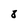
Character: 8